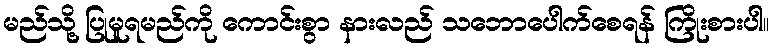
မည်သို့ ပြုမူရမည်ကို ကောင်းစွာ နားလည် သဘောပေါက်စေရန် ကြိုးစားပါ။